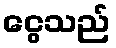
ငွေသည်